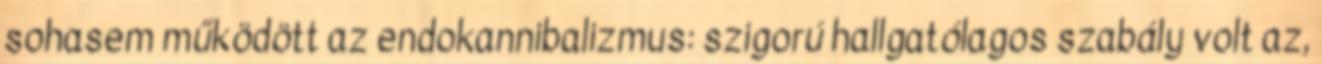
sohasem működött az endokannibalizmus: szigorú hallgatólagos szabály volt az,